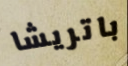
باتريشا